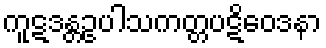
ကူဋဒန္တဥပါသကတ္တပဋိဝေဒနာ